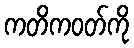
ကတိကဝတ်ကို